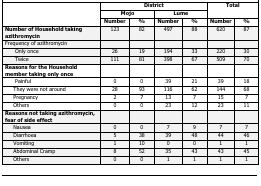
| <ROWSPAN=3>  | <COLSPAN=4> District | <ROWSPAN=2-COLSPAN=2> Total |
 | <COLSPAN=2> Mojo | <COLSPAN=2> Lume |
 | Number | % | Number | % | Number | % |
 | --- | --- | --- | --- | --- | --- | --- |
 | Number of Household taking azithromycin | 123 | 82 | 497 | 88 | 620 | 87 |
 | Frequency of azithromycin |  |  |  |  |  |  |
 | Only once | 26 | 19 | 194 | 33 | 220 | 30 |
 | Twice | 111 | 81 | 398 | 67 | 509 | 70 |
 | Reasons for the Household member taking only once |  |  |  |  |  |  |
 | Painful | 0 | 0 | 39 | 21 | 39 | 18 |
 | They were not around | 28 | 93 | 116 | 62 | 144 | 68 |
 | Pregnancy | 2 | 7 | 13 | 7 | 15 | 7 |
 | Others | 0 | 0 | 23 | 12 | 23 | 11 |
 | Reasons not taking azithromycin, fear of side effect |  |  |  |  |  |  |
 | Nausea | 0 | 0 | 7 | 9 | 7 | 7 |
 | Diarrhoea | 5 | 38 | 39 | 48 | 44 | 46 |
 | Vomiting | 1 | 10 | 0 | 0 | 1 | 1 |
 | Abdominal Cramp | 8 | 52 | 35 | 43 | 43 | 45 |
 | Others | 0 | 0 | 1 | 1 | 1 | 1 |